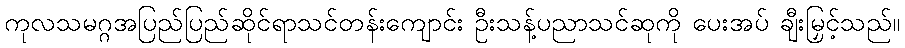
ကုလသမဂ္ဂအပြည်ပြည်ဆိုင်ရာသင်တန်းကျောင်း ဦးသန့်ပညာသင်ဆုကို ပေးအပ် ချီးမြှင့်သည်။